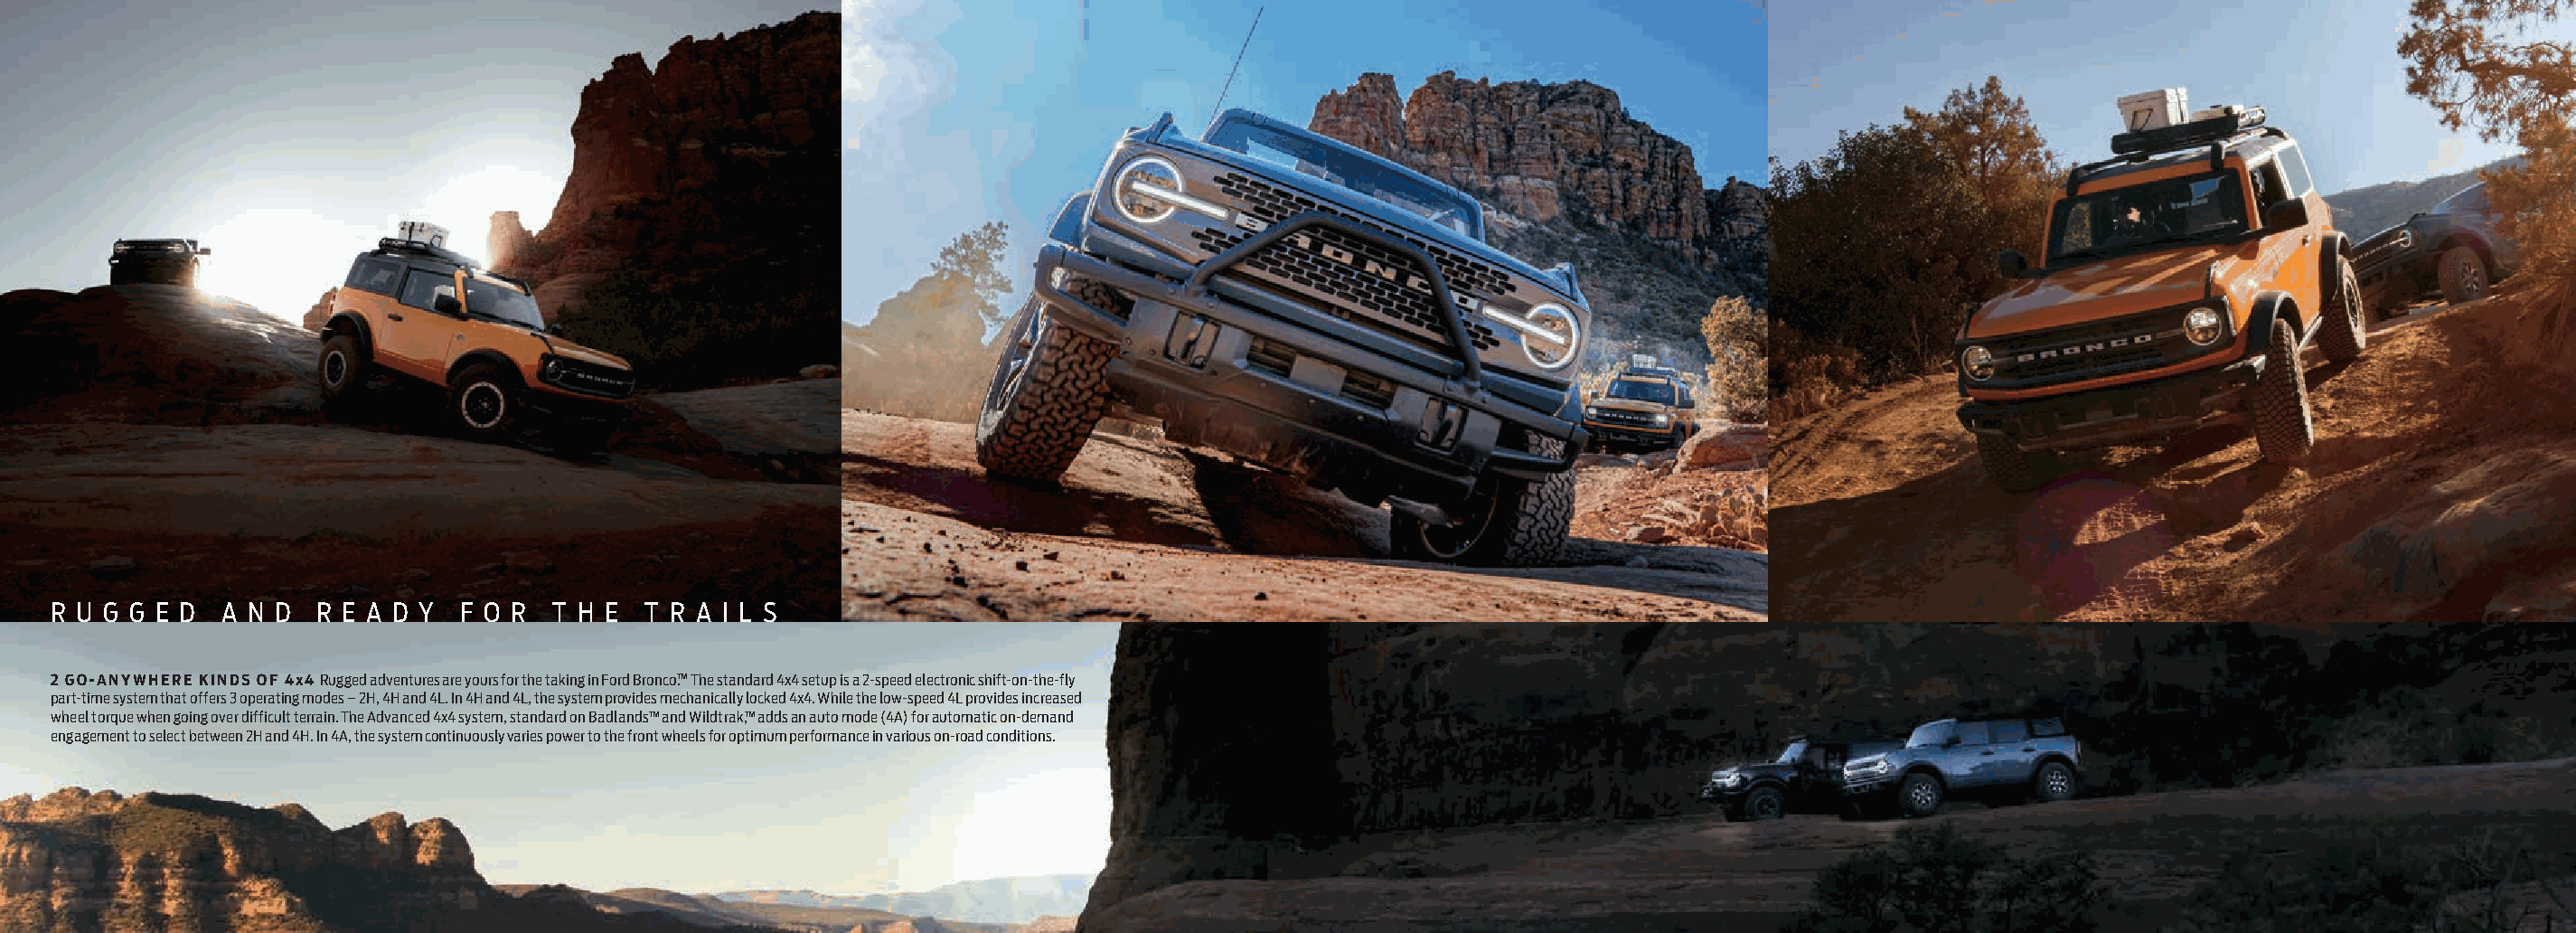
R U G G E D A N D  R E A D Y  F O R T H E  T R A I L S
 2 GO-ANYWHERE KINDS OF 4x4 Rugged adventures are yours for the taking in Ford Bronco.™ The standard 4x4 setup is a 2-speed electronic shift-on-the-fly
 part-time system that offers 3 operating modes – 2H, 4H and 4L. In 4H and 4L, the system provides mechanically locked 4x4. While the low-speed 4L provides increased
 wheel torque when going over difficult terrain. The Advanced 4x4 system, standard on Badlands™ and Wildtrak,™ adds an auto mode (4A) for automatic on-demand
 engagement to select between 2H and 4H. In 4A, the system continuously varies power to the front wheels for optimum performance in various on-road conditions.